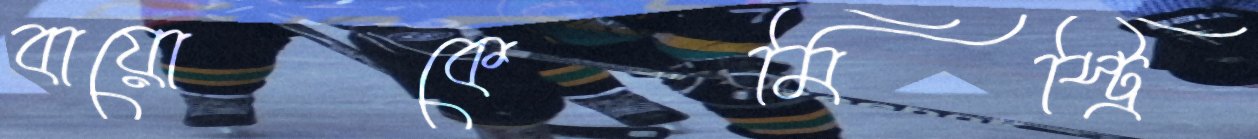
বায়োকেমিস্ট্রি